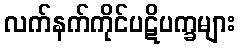
လက်နက်ကိုင်ပဋိပက္ခများ